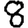
Digit: 8